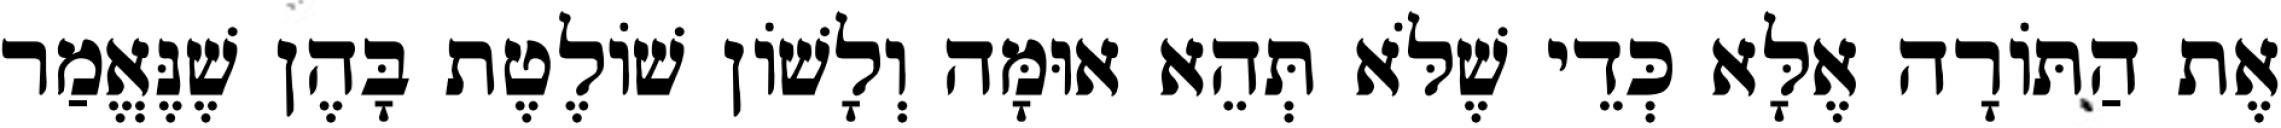
אֶת הַתּוֹרָה אֶלָּא כְּדֵי שֶׁלֹּא תְּהֵא אוּמָּה וְלָשׁוֹן שׁוֹלֶטֶת בָּהֶן שֶׁנֶּאֱמַר